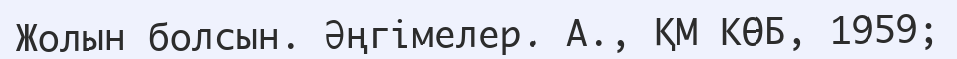
Жолын болсын. Әңгімелер. А., ҚМ КӨБ, 1959;